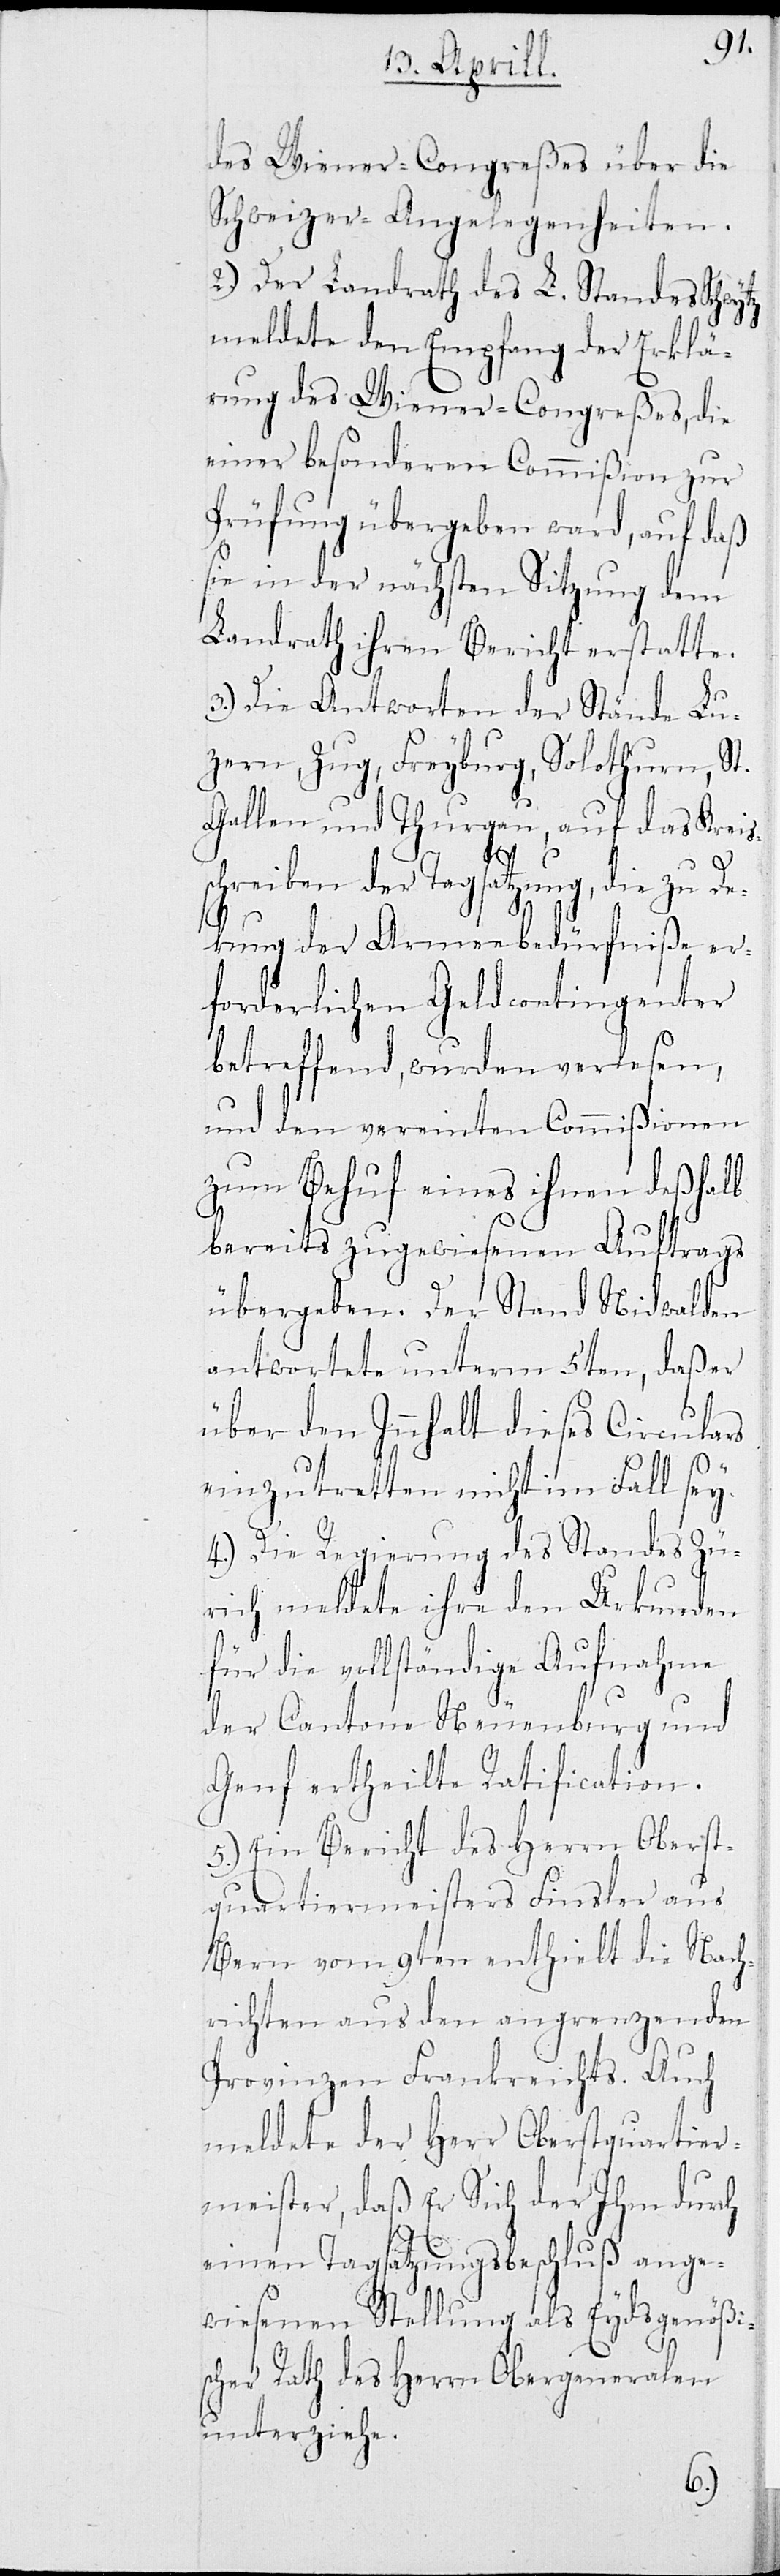
des Wiener-Congreßes über die
Schweizer-Angelegenheiten.
2.) Der Landrath des L. Standes Schwytz
meldete den Empfang der Erklä¬
rung des Wiener-Congreßes, die
einer besonderen Commißion zur
Prüfung übergeben ward, auf daß
sie in der nächsten Sitzung dem
Landrath ihren Bericht erstatte.
3.) Die Antworten der Stände Lu¬
zern, Zug, Freyburg, Solothurn, St.
Gallen und Thurgau, auf das Kreis¬
s¬
chreiben der Tagsatzung, die zu De¬
kung der Armeebedürfniße er¬
forderlichen Geldcontingenter
betreffend, wurden verlesen,
und den vereinten Commißionen
zum Behuf eines ihnen deßhalb
bereits zugewiesenen Auftrags
übergeben. Der Stand Nidwalden
antwortete unterm 5ten, daß er
über den Innhalt dieses Circulars
einzutretten nicht im Fall sey.
4.) Die Regierung des Standes Zü¬
rich meldete ihre den Urkunden
für die vollständige Aufnahme
der Cantone Neuenburg und
Genf ertheilte Ratification.
5.) Ein Bericht des Herrn Oberst¬
quartiermeisters Finsler aus
Bern vom 9ten ertheilt die Nach¬
richten aus den angrenzenden
Provinzen Frankreichs. Auch
meldete der Herr Oberstquartier¬
meister, daß Er Sich der Ihm durch
einen Tagsatzungsbeschluß ange¬
wiesenen Stellung als Eydsgenößi¬
scher Rath des Herrn Obergeneralen
unterziehe.